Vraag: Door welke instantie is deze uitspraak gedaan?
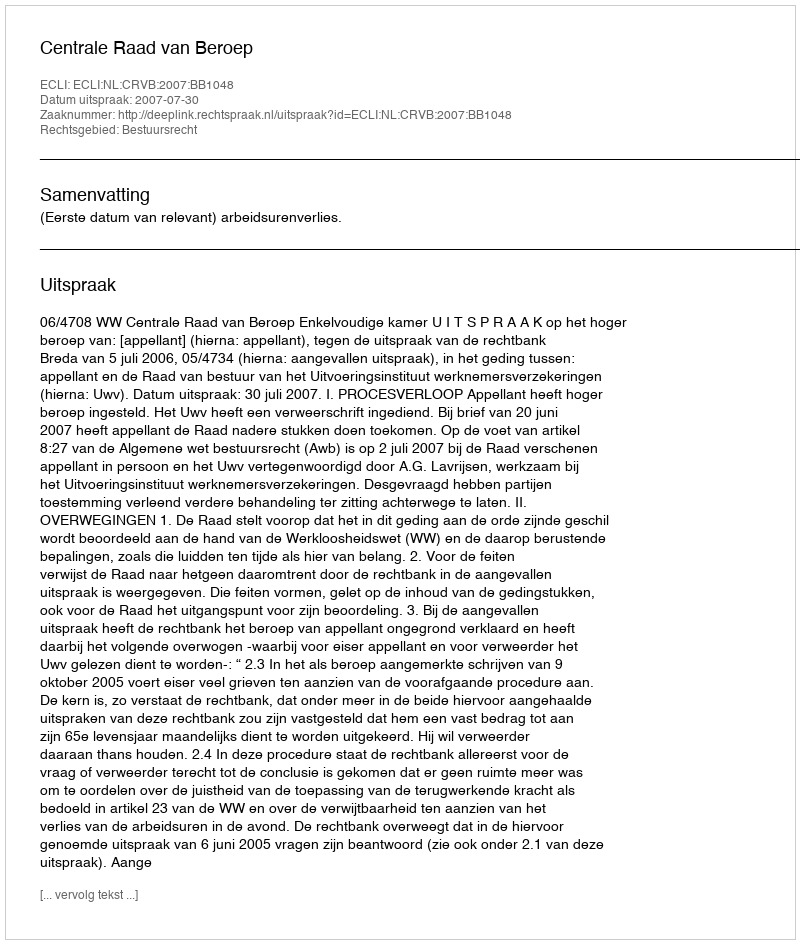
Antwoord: Centrale Raad van Beroep